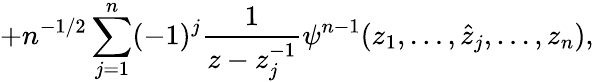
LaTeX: +n^{-1/2}\sum_{j=1}^{n}(-1)^{j}\frac 1{z-z_{j}^{-1}}\psi^{n-1}(z_{1},\ldots,\hat{z}_{j},\ldots,z_{n}),